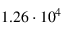
1 . 2 6 \cdot 1 0 ^ { 4 }